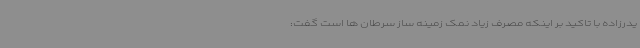
یدرزاده با تاکید بر اینکه مصرف زیاد نمک زمینه ساز سرطان ها است گفت: